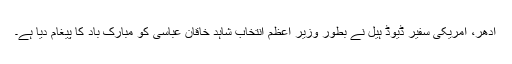
ادھر، امریکی سفیر ڈیوڈ ہیل نے بطور وزیر اعظم انتخاب شاہد خاقان عباسی کو مبارک باد کا پیغام دیا ہے۔